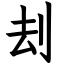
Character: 刦